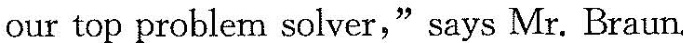
our top problem solver,"says Mr. Braun.